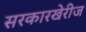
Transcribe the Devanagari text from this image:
सरकारखेरीज